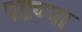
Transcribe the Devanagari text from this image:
पडण्या